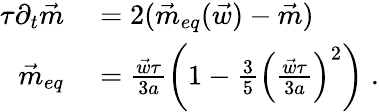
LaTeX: \begin{array}{rl}{\tau\partial_{t}\vec{m}}&{{}=2(\vec{m}_{eq}(\vec{w})-\vec{m})}\\ {\vec{m}_{eq}}&{{}=\frac{\vec{w}\tau}{3a}\left(1-\frac{3}{5}\left(\frac{\vec{w}\tau}{3a}\right)^{2}\right)\; .}\end{array}